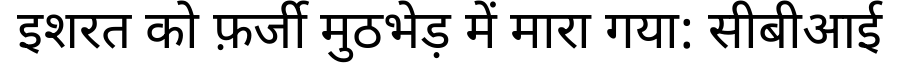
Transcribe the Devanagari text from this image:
इशरत को फ़र्जी मुठभेड़ में मारा गया: सीबीआई